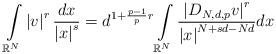
LaTeX: \begin{align*}\int\limits_{\mathbb{R}^{N}}\left\vert v\right\vert ^{r}\frac{dx}{\left\vert x\right\vert ^{s}}=d^{1+\frac{p-1}{p}r}\int\limits_{\mathbb{R}^{N}}\frac{\left\vert D_{N,d,p}v\right\vert ^{r}}{\left\vert x\right\vert^{N+sd-Nd}}dx\end{align*}